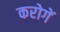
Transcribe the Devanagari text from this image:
करोगें